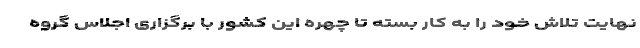
نهایت تلاش خود را به کار بسته تا چهره این کشور با برگزاری اجلاس گروه